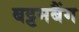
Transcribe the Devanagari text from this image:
बट्टमबैंग